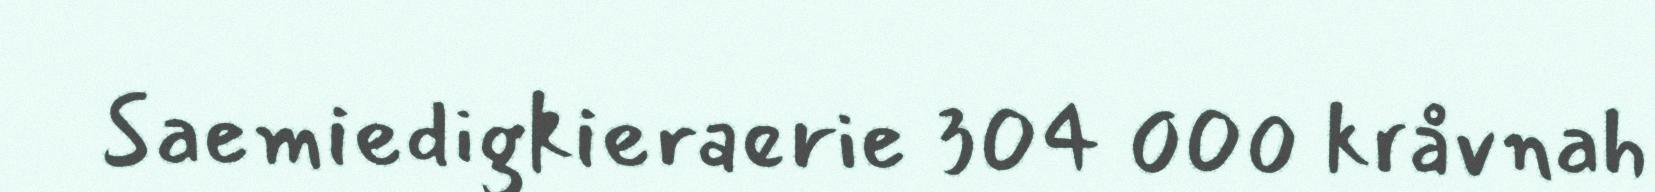
Saemiedigkieraerie 304 000 kråvnah